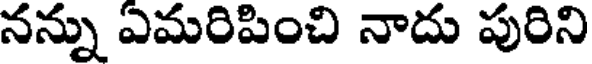
నన్ను ఎమరిపించి నాదు పురిని